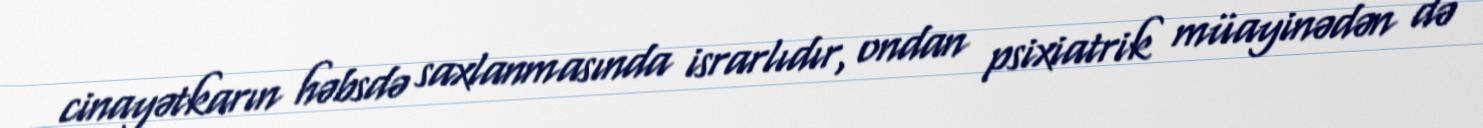
cinayətkarın həbsdə saxlanmasında israrlıdır, ondan psixiatrik müayinədən də